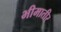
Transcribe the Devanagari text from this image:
भीमातीर